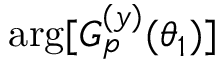
\arg [ G _ { p } ^ { ( y ) } ( \theta _ { 1 } ) ]